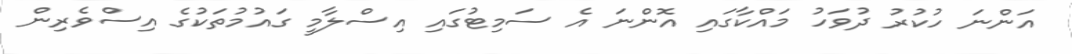
އަންނަ ހުކުރު ދުވަހު މައްކާގައި އޮންނަ އެ ސަމިޓުގައި އިސްލާމީ ގައުމުތަކުގެ އިސްވެރިން